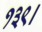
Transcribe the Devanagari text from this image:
१३९।